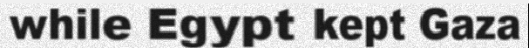
while Egypt kept Gaza